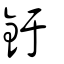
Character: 釪